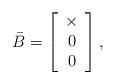
LaTeX: \begin{align*}\bar B=\left[\begin{array}{cc}\times\\0\\0\end{array}\right],\end{align*}